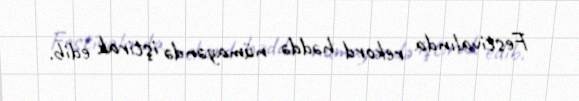
Festivalında rekord həddə nümayəndə iştirak edib.